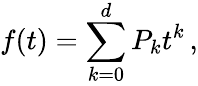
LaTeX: f(t)=\sum_{k=0}^{d}P_{k}t^{k}\, ,